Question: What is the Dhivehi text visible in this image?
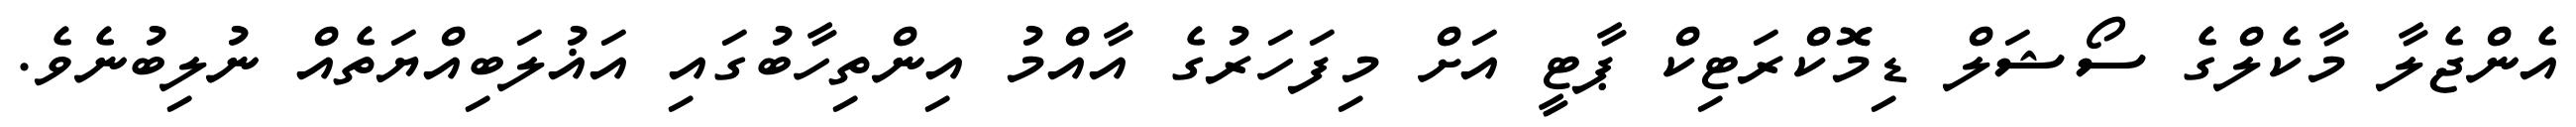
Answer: އެންޖެލާ މާކެލްގެ ސޯޝަލް ޑިމޮކްރަޓިކް ޕާޓީ އަށް މިފަހަރުގެ އާއްމު އިންތިހާބުގައި އަޣުލަބިއްޔަތެއް ނުލިބުނެވެ.